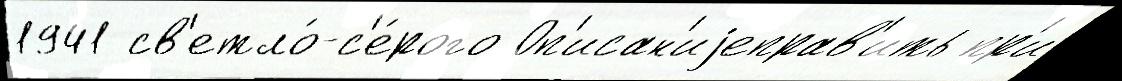
1941 св'етло́-с'е́рого Оп'исан'иjеправ'ить пр'и